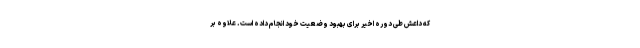
که داعش طی دوره اخیر برای بهبود وضعیت خود انجام داده است. علاوه بر